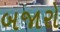
બજારો